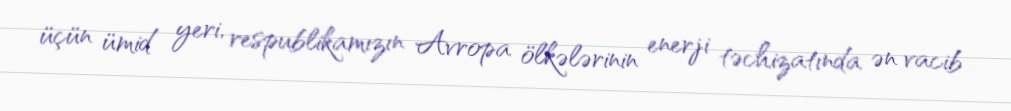
üçün ümid yeri, respublikamızın Avropa ölkələrinin enerji təchizatında ən vacib